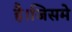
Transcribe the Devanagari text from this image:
है।जिसमे